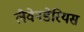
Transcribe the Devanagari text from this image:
लैवेनडेरियस